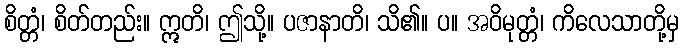
စိတ္တံ၊ စိတ်တည်း။ ဣတိ၊ ဤသို့။ ပဇာနာတိ၊ သိ၏။ ပ။ အဝိမုတ္တံ၊ ကိလေသာတို့မှ